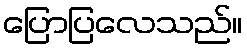
ပြောပြလေသည်။